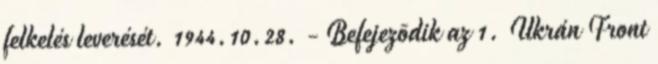
felkelés leverését. 1944.10.28. - Befejezõdik az 1. Ukrán Front